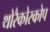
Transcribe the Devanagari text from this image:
थोरैकोस्कोप